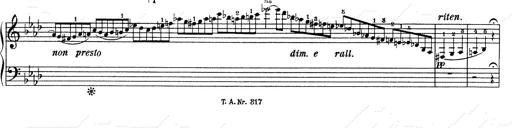
Title: Weinen, Klagen, Sorgen, Zagen
Composer: Franz Liszt